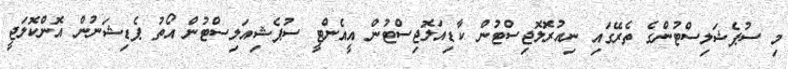
މި ސުޕެޝަލިސްޓުންގެ ތެރޭގައި ނިއުރޮލޮޖިސްޓުން ކާޑިއަލޮޖިސްޓުން އީއެންޓީ ސުޕެޝިއަލިސްޓުން އޯތު ޕެޑިޝަނުން އޮންކޮލަޖީ